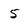
Character: 5